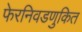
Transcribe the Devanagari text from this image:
फेरनिवडणुकित